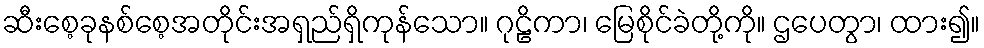
ဆီးစေ့ခုနစ်စေ့အတိုင်းအရှည်ရှိကုန်သော။ ဂုဠိကာ၊ မြေစိုင်ခဲတို့ကို။ ဌပေတွာ၊ ထား၍။